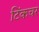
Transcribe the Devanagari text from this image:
टिंकचर